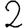
Digit: 2